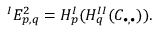
{ } ^ { I } E _ { p , q } ^ { 2 } = H _ { p } ^ { I } ( H _ { q } ^ { I I } ( C _ { \bullet , \bullet } ) ) .